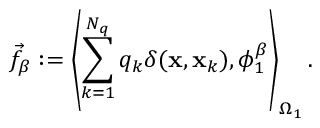
\vec { f } _ { \beta } : = \left\langle \sum _ { k = 1 } ^ { N _ { q } } q _ { k } \delta ( \mathbf { x } , \mathbf { x } _ { k } ) , \phi _ { 1 } ^ { \beta } \right\rangle _ { \Omega _ { 1 } } .